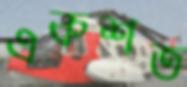
একশত